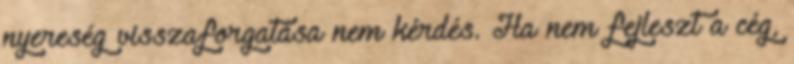
nyereség visszaforgatása nem kérdés. Ha nem fejleszt a cég,